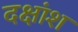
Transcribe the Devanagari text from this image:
दक्षांश